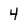
Character: 4